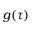
g ( \tau )